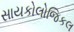
સાયકોલોજિકલ